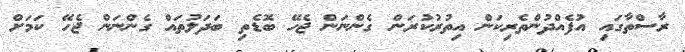
ރާސްތާގައި އުފެއްދުންތެރިކަން އިތުރުކުރަން ގެންނަން ޖެހޭ ބޮޑެތި ބަދަލުތައް ގެންނަން ޖެހޭ ކަމަށް